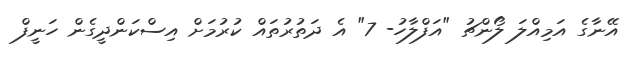
އޭނާގެ އަމިއްލަ ލޯންޗު "އަފްލާހު- 7" އެ ދަތުރުތައް ކުރުމަށް އިސްކަންދީގެން ހަނީފް